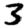
Digit: 3